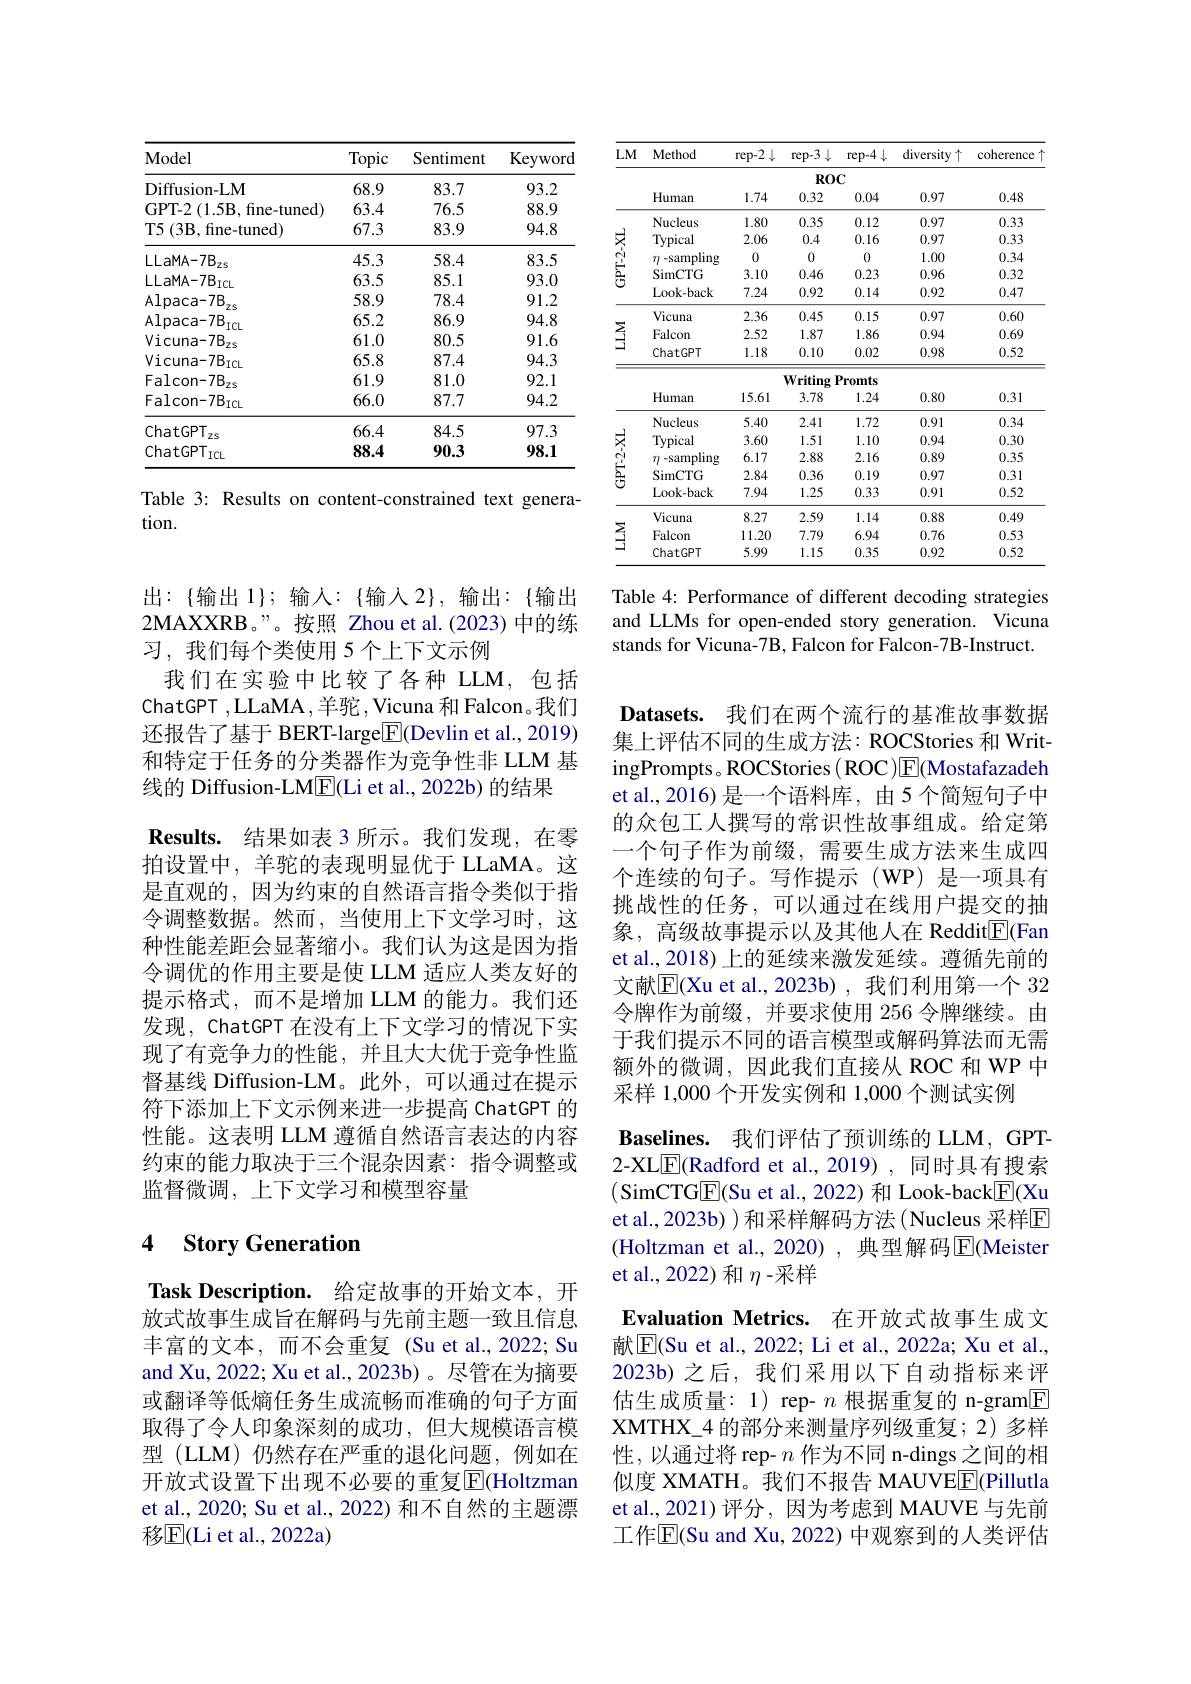
<table>
	<tbody>
		<tr>
			<th>Model</th>
			<th>Topic</th>
			<th>Sentiment</th>
			<th>Keyword</th>
		</tr>
		<tr>
			<td>Diffusion- LM</td>
			<td>68.9</td>
			<td>83.7</td>
			<td>93.2</td>
		</tr>
		<tr>
			<td>GPT- 2 ( 1. 5B, fine- tuned) </td>
			<td>63.4</td>
			<td>76.5</td>
			<td>88.9</td>
		</tr>
		<tr>
			<td>T5 $(3\mathbf{B}$,fine-tuned)</td>
			<td>67.3</td>
			<td>83.9</td>
			<td>94.8</td>
		</tr>
		<tr>
			<td>$LLaMA-7B$ $zs$</td>
			<td>45.3</td>
			<td>58.4</td>
			<td>83.5</td>
		</tr>
		<tr>
			<td>$LLaMA-7B_{ICL}$</td>
			<td>63.5</td>
			<td>85.1</td>
			<td>93.0</td>
		</tr>
		<tr>
			<td>Alpaca- 7B 2s</td>
			<td>58.9</td>
			<td>78.4</td>
			<td>91.2</td>
		</tr>
		<tr>
			<td>$\mathrm{Alpaca-7B}_{\mathrm{ICL}}$</td>
			<td>65.2</td>
			<td>86.9</td>
			<td>94.8</td>
		</tr>
		<tr>
			<td>Vicuna-7B $3_{2s}$</td>
			<td>61.0</td>
			<td>80.5</td>
			<td>91.6</td>
		</tr>
		<tr>
			<td>$Vicuna-7B_{ICL}$</td>
			<td>65.8</td>
			<td>87.4</td>
			<td>94.3</td>
		</tr>
		<tr>
			<td>Falcon-7B 2s</td>
			<td>61.9</td>
			<td>81.0</td>
			<td>92.1</td>
		</tr>
		<tr>
			<td>$\mathrm{Falcon-7B}_{\mathrm{ICL}}$</td>
			<td>66.0</td>
			<td>87.7</td>
			<td>94.2</td>
		</tr>
		<tr>
			<td>ChatGPT $ZS$</td>
			<td>66.4</td>
			<td>84.5</td>
			<td>97.3</td>
		</tr>
		<tr>
			<td>$\mathrm{ChatGPT}_{\mathrm{ICL}}$</td>
			<td>88.4</td>
			<td>90.3</td>
			<td>98.1</td>
		</tr>
	</tbody>
</table>

Table 3: Results on content-constrained text genera-
tion.

出：$\{输出1\};输入：\{输入2\},输出：\{输出\}$ 2MAXXRB。”。按照 Zhou et al.(2023)中的练习，我们每个类使用 5 个上下文示例
我们在实验中比较了各种 LLM,包括ChatGPT ,LLaMA ,羊驼 ,Vicuna 和 Falcon。我们还报告了基于 BERT-large$\boxed{\mathrm{F}}($Devlin et al., 2019) 和特定于任务的分类器作为竞争性非 LLM 基线的 Diffusion-LM$\boxed{\mathrm{F}}($Li et al., 2022b) 的结果
Results. 结果如表 3 所示。我们发现，在零拍设置中，羊驼的表现明显优于 LLaMA。这是直观的，因为约束的自然语言指令类似于指令调整数据。然而，当使用上下文学习时，这种性能差距会显著缩小。我们认为这是因为指令调优的作用主要是使 LLM 适应人类友好的提示格式，而不是增加 LLM 的能力。我们还发现，ChatGPT 在没有上下文学习的情况下实现了有竞争力的性能，并且大大优于竞争性监督基线 Diffusion-LM。此外，可以通过在提示符下添加上下文示例来进一步提高 ChatGPT 的性能。这表明 LLM 遵循自然语言表达的内容约束的能力取决于三个混杂因素：指令调整或监督微调，上下文学习和模型容量

## 4 $\textbf{Story Generation}$

Task Description. 给定故事的开始文本，开放式故事生成旨在解码与先前主题一致且信息丰富的文本，而不会重复 (Su et al.,2022; Su and Xu, 2022; Xu et al., 2023b)。尽管在为摘要或翻译等低熵任务生成流畅而准确的句子方面取得了令人印象深刻的成功，但大规模语言模型 (LLM) 仍然存在严重的退化问题，例如在开放式设置下出现不必要的重复$\overline{\mathrm{E}}($Holtzman et al., 2020; Su et al., 2022) 和不自然的主题漂移$\mathbb{E}($Li et al.,2022a)

<table>
	<tbody>
		<tr>
			<th rowspan="2">$LM$</th>
			<th>Method</th>
			<th>rep-2 $\bot$</th>
			<th>rep-3 $\downarrow$</th>
			<th>rep-4$\downarrow$</th>
			<th>diversity y个</th>
			<th>coherence</th>
		</tr>
		<tr>
			<td colspan="6">$ROC$</td>
		</tr>
		<tr>
			<td> </td>
			<td>Human</td>
			<td>1.74</td>
			<td>0.32</td>
			<td>0.04</td>
			<td>0.97</td>
			<td>0.48</td>
		</tr>
		<tr>
			<td rowspan="5">GPT- 2- XL</td>
			<td>Nucleus</td>
			<td>1.80</td>
			<td>0.35</td>
			<td>0.12</td>
			<td>0.97</td>
			<td>0.33</td>
		</tr>
		<tr>
			<td>Typical</td>
			<td>2.06</td>
			<td>0.4</td>
			<td>0.16</td>
			<td>0.97</td>
			<td>0.33</td>
		</tr>
		<tr>
			<td>-sampling $TI$</td>
			<td>0</td>
			<td>0</td>
			<td>0</td>
			<td>1.00</td>
			<td>0.34</td>
		</tr>
		<tr>
			<td>SimCTG</td>
			<td>3.10</td>
			<td>0.46</td>
			<td>0.23</td>
			<td>0.96</td>
			<td>0.32</td>
		</tr>
		<tr>
			<td>Look- back</td>
			<td>7.24</td>
			<td>0.92</td>
			<td>0.14</td>
			<td>0.92</td>
			<td>0.47</td>
		</tr>
		<tr>
			<td rowspan="5"></td>
			<td>Vicuna</td>
			<td>2.36</td>
			<td>0.45</td>
			<td>0.15</td>
			<td>0.97</td>
			<td>0.60</td>
		</tr>
		<tr>
			<td>Falcon</td>
			<td>2.52</td>
			<td>1.87</td>
			<td>1.86</td>
			<td>0.94</td>
			<td>0.69</td>
		</tr>
		<tr>
			<td>ChatGPT</td>
			<td>1.18</td>
			<td>0.10</td>
			<td>0.02</td>
			<td>0.98</td>
			<td>0.52</td>
		</tr>
		<tr>
			<td> </td>
			<td> </td>
			<td>Writing</td>
			<td>Promts</td>
			<td> </td>
			<td> </td>
		</tr>
		<tr>
			<td>Human</td>
			<td>15.61</td>
			<td>3.78</td>
			<td>1.24</td>
			<td>0.80</td>
			<td>0.31</td>
		</tr>
		<tr>
			<td rowspan="5">GPT-2-XL</td>
			<td>Nucleus</td>
			<td>5.40</td>
			<td>2.41</td>
			<td>1.72</td>
			<td>0.91</td>
			<td>0.34</td>
		</tr>
		<tr>
			<td>Typical</td>
			<td>3.60</td>
			<td>1.51</td>
			<td>1.10</td>
			<td>0.94</td>
			<td>0.30</td>
		</tr>
		<tr>
			<td>-sampling 77 1</td>
			<td>6.17</td>
			<td>2.88</td>
			<td>2.16</td>
			<td>0.89</td>
			<td>0.35</td>
		</tr>
		<tr>
			<td>SimCTG</td>
			<td>2.84</td>
			<td>0.36</td>
			<td>0.19</td>
			<td>0.97</td>
			<td>0.31</td>
		</tr>
		<tr>
			<td>Look- back</td>
			<td>7.94</td>
			<td>1.25</td>
			<td>0.33</td>
			<td>0.91</td>
			<td>0.52</td>
		</tr>
		<tr>
			<td rowspan="3"></td>
			<td>Vicuna</td>
			<td>8.27</td>
			<td>2.59</td>
			<td>1.14</td>
			<td>0.88</td>
			<td>0.49</td>
		</tr>
		<tr>
			<td>Falcon</td>
			<td>11.20</td>
			<td>7.79</td>
			<td>6.94</td>
			<td>0.76</td>
			<td>0.53</td>
		</tr>
		<tr>
			<td>ChatGPT</td>
			<td>5.99</td>
			<td>1.15</td>
			<td>0.35</td>
			<td>0.92</td>
			<td>0.52</td>
		</tr>
	</tbody>
</table>

Table 4: Performance of different decoding strategies and LLMs for open-ended story generation. Vicuna stands for Vicuna-7B, Falcon for Falcon-7B-Instruct.

Datasets. 我们在两个流行的基准故事数据集上评估不同的生成方法：ROCStories 和 WritingPrompts。ROCStories( ROC)E(Mostafazadeh et al.,2016) 是一个语料库，由 5 个简短句子中的众包工人撰写的常识性故事组成。给定第一个句子作为前缀，需要生成方法来生成四个连续的句子。写作提示(WP)是一项具有挑战性的任务，可以通过在线用户提交的抽象，高级故事提示以及其他人在 Reddit$\boxed{\mathrm{F}}($Fan et al.,2018) 上的延续来激发延续。遵循先前的文献$\overline{\mathrm{E}}($Xu et al.,2023b),我们利用第一个 32令牌作为前缀，并要求使用 256 令牌继续。由于我们提示不同的语言模型或解码算法而无需额外的微调，因此我们直接从 ROC 和 WP 中采样 1,000 个开发实例和 1,000 个测试实例
Baselines. 我们评估了预训练的 LLM, GPT- 2-XL$\underline{\mathrm{E}}($Radford et al., 2019), 同时具有搜索(SimCTG$\underline{\mathrm{E}}($Su et al., 2022) 和 Look-back$\underline{\mathrm{E}}($Xu et al., 2023b) ) 和采样解码方法 ( Nucleus 采样$\mathbb{E}$ (Holtzman et al., 2020) , 典型解码$\boxed{\mathrm{E}}($Meister et al.,2022)和$\eta$-采样
Evaluation Metrics. 在开放式故事生成文献$\overline{\mathrm{E}}$(Su et al., 2022; Li et al., 2022a; Xu et al., 2023b) 之后，我们采用以下自动指标来评估生成质量：1) rep- $n$根据重复的 n-gram$\boxed{\mathrm{F}}$ XMTHX\_4 的部分来测量序列级重复；2) 多样性，以通过将 rep- $n$作为不同 n-dings 之间的相似度 XMATH。我们不报告 MAUVE$\boxed{\mathrm{F}}$(Pillutla et al., 2021) 评分，因为考虑到 MAUVE 与先前工作$\overline{\mathrm{E}}$(Su and Xu, 2022) 中观察到的人类评估